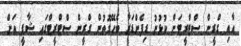
އާއި ގްރީން ސްޓްރީޓަށް ކުޅުނު ޑިފެންޑަރާ ބެހޭގޮތުން ގްރީން ސްޓްރީޓްގައި ޝާފީ އަށް